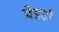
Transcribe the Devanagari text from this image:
पेडवी